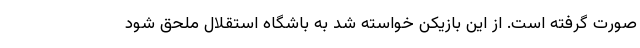
صورت گرفته است. از این بازیکن خواسته شد به باشگاه استقلال ملحق شود